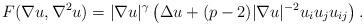
LaTeX: \begin{align*}F(\nabla u,\nabla^2 u)=|\nabla u|^{\gamma}\left(\Delta u + (p-2)|\nabla u|^{-2}u_iu_ju_{ij}\right).\end{align*}